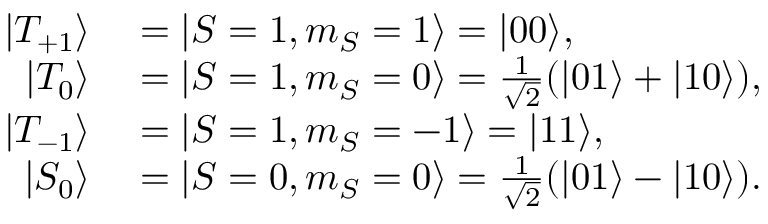
\begin{array} { r l } { \vert { T _ { + 1 } } \rangle } & { { } = \vert { S = 1 , m _ { S } = 1 } \rangle = \vert { 0 0 } \rangle , } \\ { \vert { T _ { 0 } } \rangle } & { { } = \vert { S = 1 , m _ { S } = 0 } \rangle = \frac { 1 } { \sqrt { 2 } } ( \vert { 0 1 } \rangle + \vert { 1 0 } \rangle ) , } \\ { \vert { T _ { - 1 } } \rangle } & { { } = \vert { S = 1 , m _ { S } = - 1 } \rangle = \vert { 1 1 } \rangle , } \\ { \vert { S _ { 0 } } \rangle } & { { } = \vert { S = 0 , m _ { S } = 0 } \rangle = \frac { 1 } { \sqrt { 2 } } ( \vert { 0 1 } \rangle - \vert { 1 0 } \rangle ) . } \end{array}